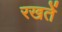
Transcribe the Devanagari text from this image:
रखतेें